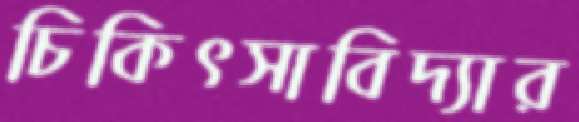
চিকিৎসাবিদ্যার